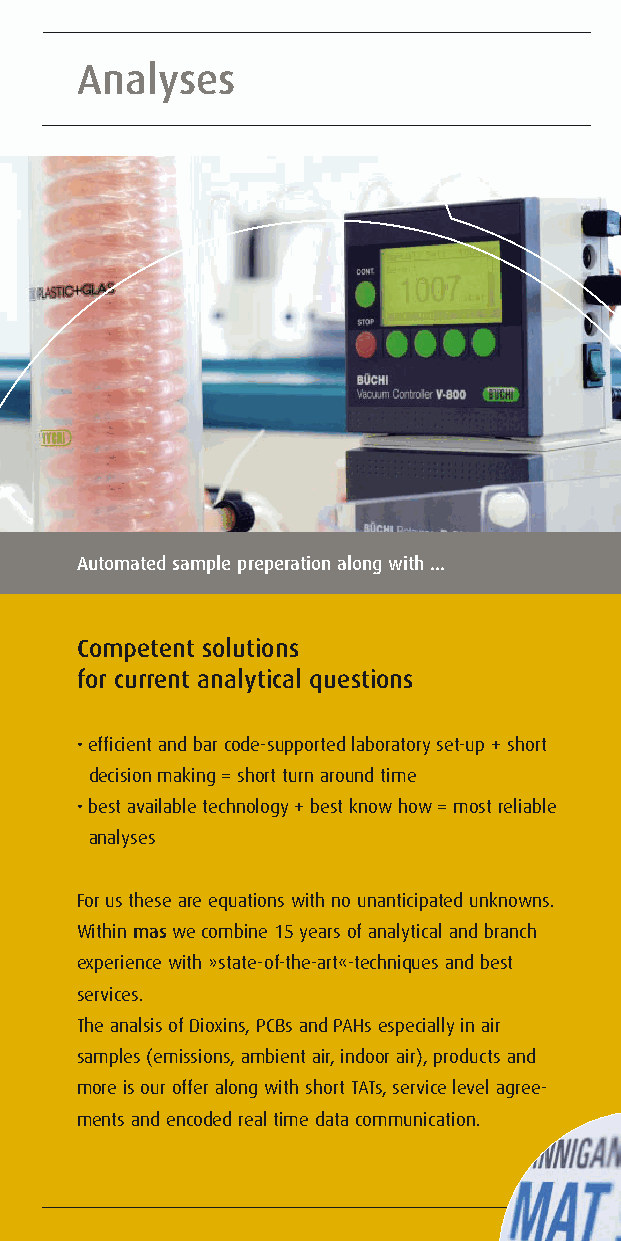
Analyses                                Method-Development                       »Dioxin«-Academy                         How   to find  us
 Automated sample preperation along with ... state-of-the-art techniques give a profit ... maximation to our clients as well as to our trainees. The historical town-hall in Münster
 Competent solutions                     Solutions for the analytical challenges to Education of future solution-orientated The »most worth living city in the world«
 for current analytical questions        come                                     analysts
 That’s Münster in Germany. It is its official title according to
 •efficient and bar code-supported laboratory set-up + short We want to enable our industrial clients to relieve the load on We want to be a partner for enterprises all over the world. the »International LivCom-Award 2004«. One of the famoust
 decision making = short turn around time methods development.                   You are looking for                      universities in Germany and 1200 years of history yield in the
 •best available technology + best know how = most reliable                                                                scientific and technological claims of our city.
 analyses                               Word your claims and get a validated procedure with all •a basic overview or
 documents according to DIN EN ISO 17025 requirements. •a well-founded training    You can reach Münster and mas | münster analytical solutions
 For us these are equations with no unanticipated unknowns.                                                                gmbh by train and via highways A1 and A43 or by airplane
 Within maswe combine 15 years of analytical and branch                           in analytics of organic ultra trace components from sampling to (Airport Münster-Osnabrück, FMO).
 experience with »state-of-the-art«-techniques and best                           documentation? We are offering training periods in course type
 services.                                                                        (2-5 days) or long term education (up to 6 month in theory More information:
 The analsis of Dioxins, PCBs and PAHs especially in air                          and practice).                           www.technologiepark-muenster.de
 samples (emissions, ambient air, indoor air), products and                                                                www.fmo.de
 more is our offer along with short TATs, service level agree-                    You are going to build up a laboratory or a special laboratory www.muenster.de
 ments and encoded real time data communication.                                  section? We are offering our know how to assist you. Please
 contact us!